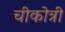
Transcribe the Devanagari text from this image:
चीकोत्री